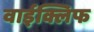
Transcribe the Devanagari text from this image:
वाईक्लिफ